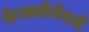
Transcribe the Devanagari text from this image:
केक्कोनेनने